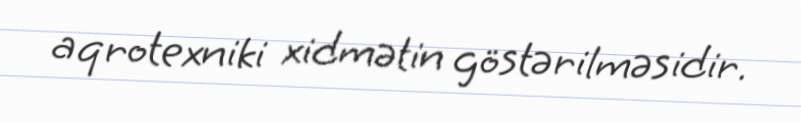
aqrotexniki xidmətin göstərilməsidir.